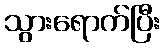
သွားရောက်ပြီး